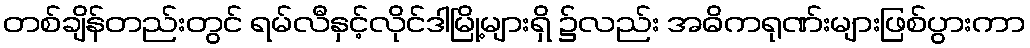
တစ်ချိန်တည်းတွင် ရမ်လီနှင့်လိုင်ဒါမြို့များရှိ ၌လည်း အဓိကရုဏ်းများဖြစ်ပွားကာ